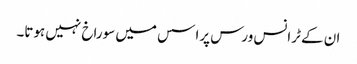
ان کے ٹرانس ورس پراسس میں سوراخ نہیں ہوتا۔